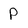
Character: P